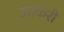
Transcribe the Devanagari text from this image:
आकरी